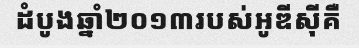
ដំបូងឆ្នាំ២០១៣របស់អូឌីស៊ីគឺ